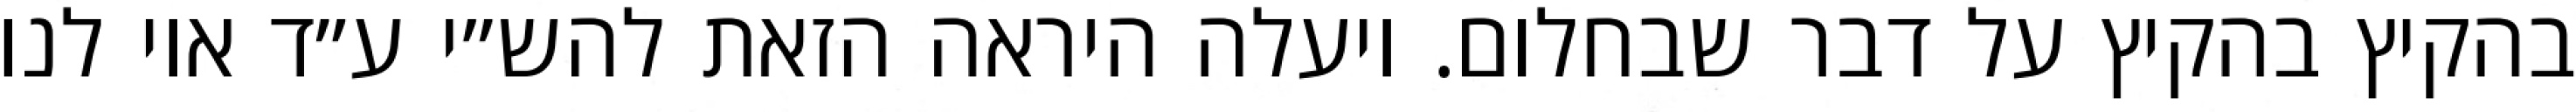
בהקיץ בהקיץ על דבר שבחלום. ויעלה היראה הזאת להש״י ע״ד אוי לנו